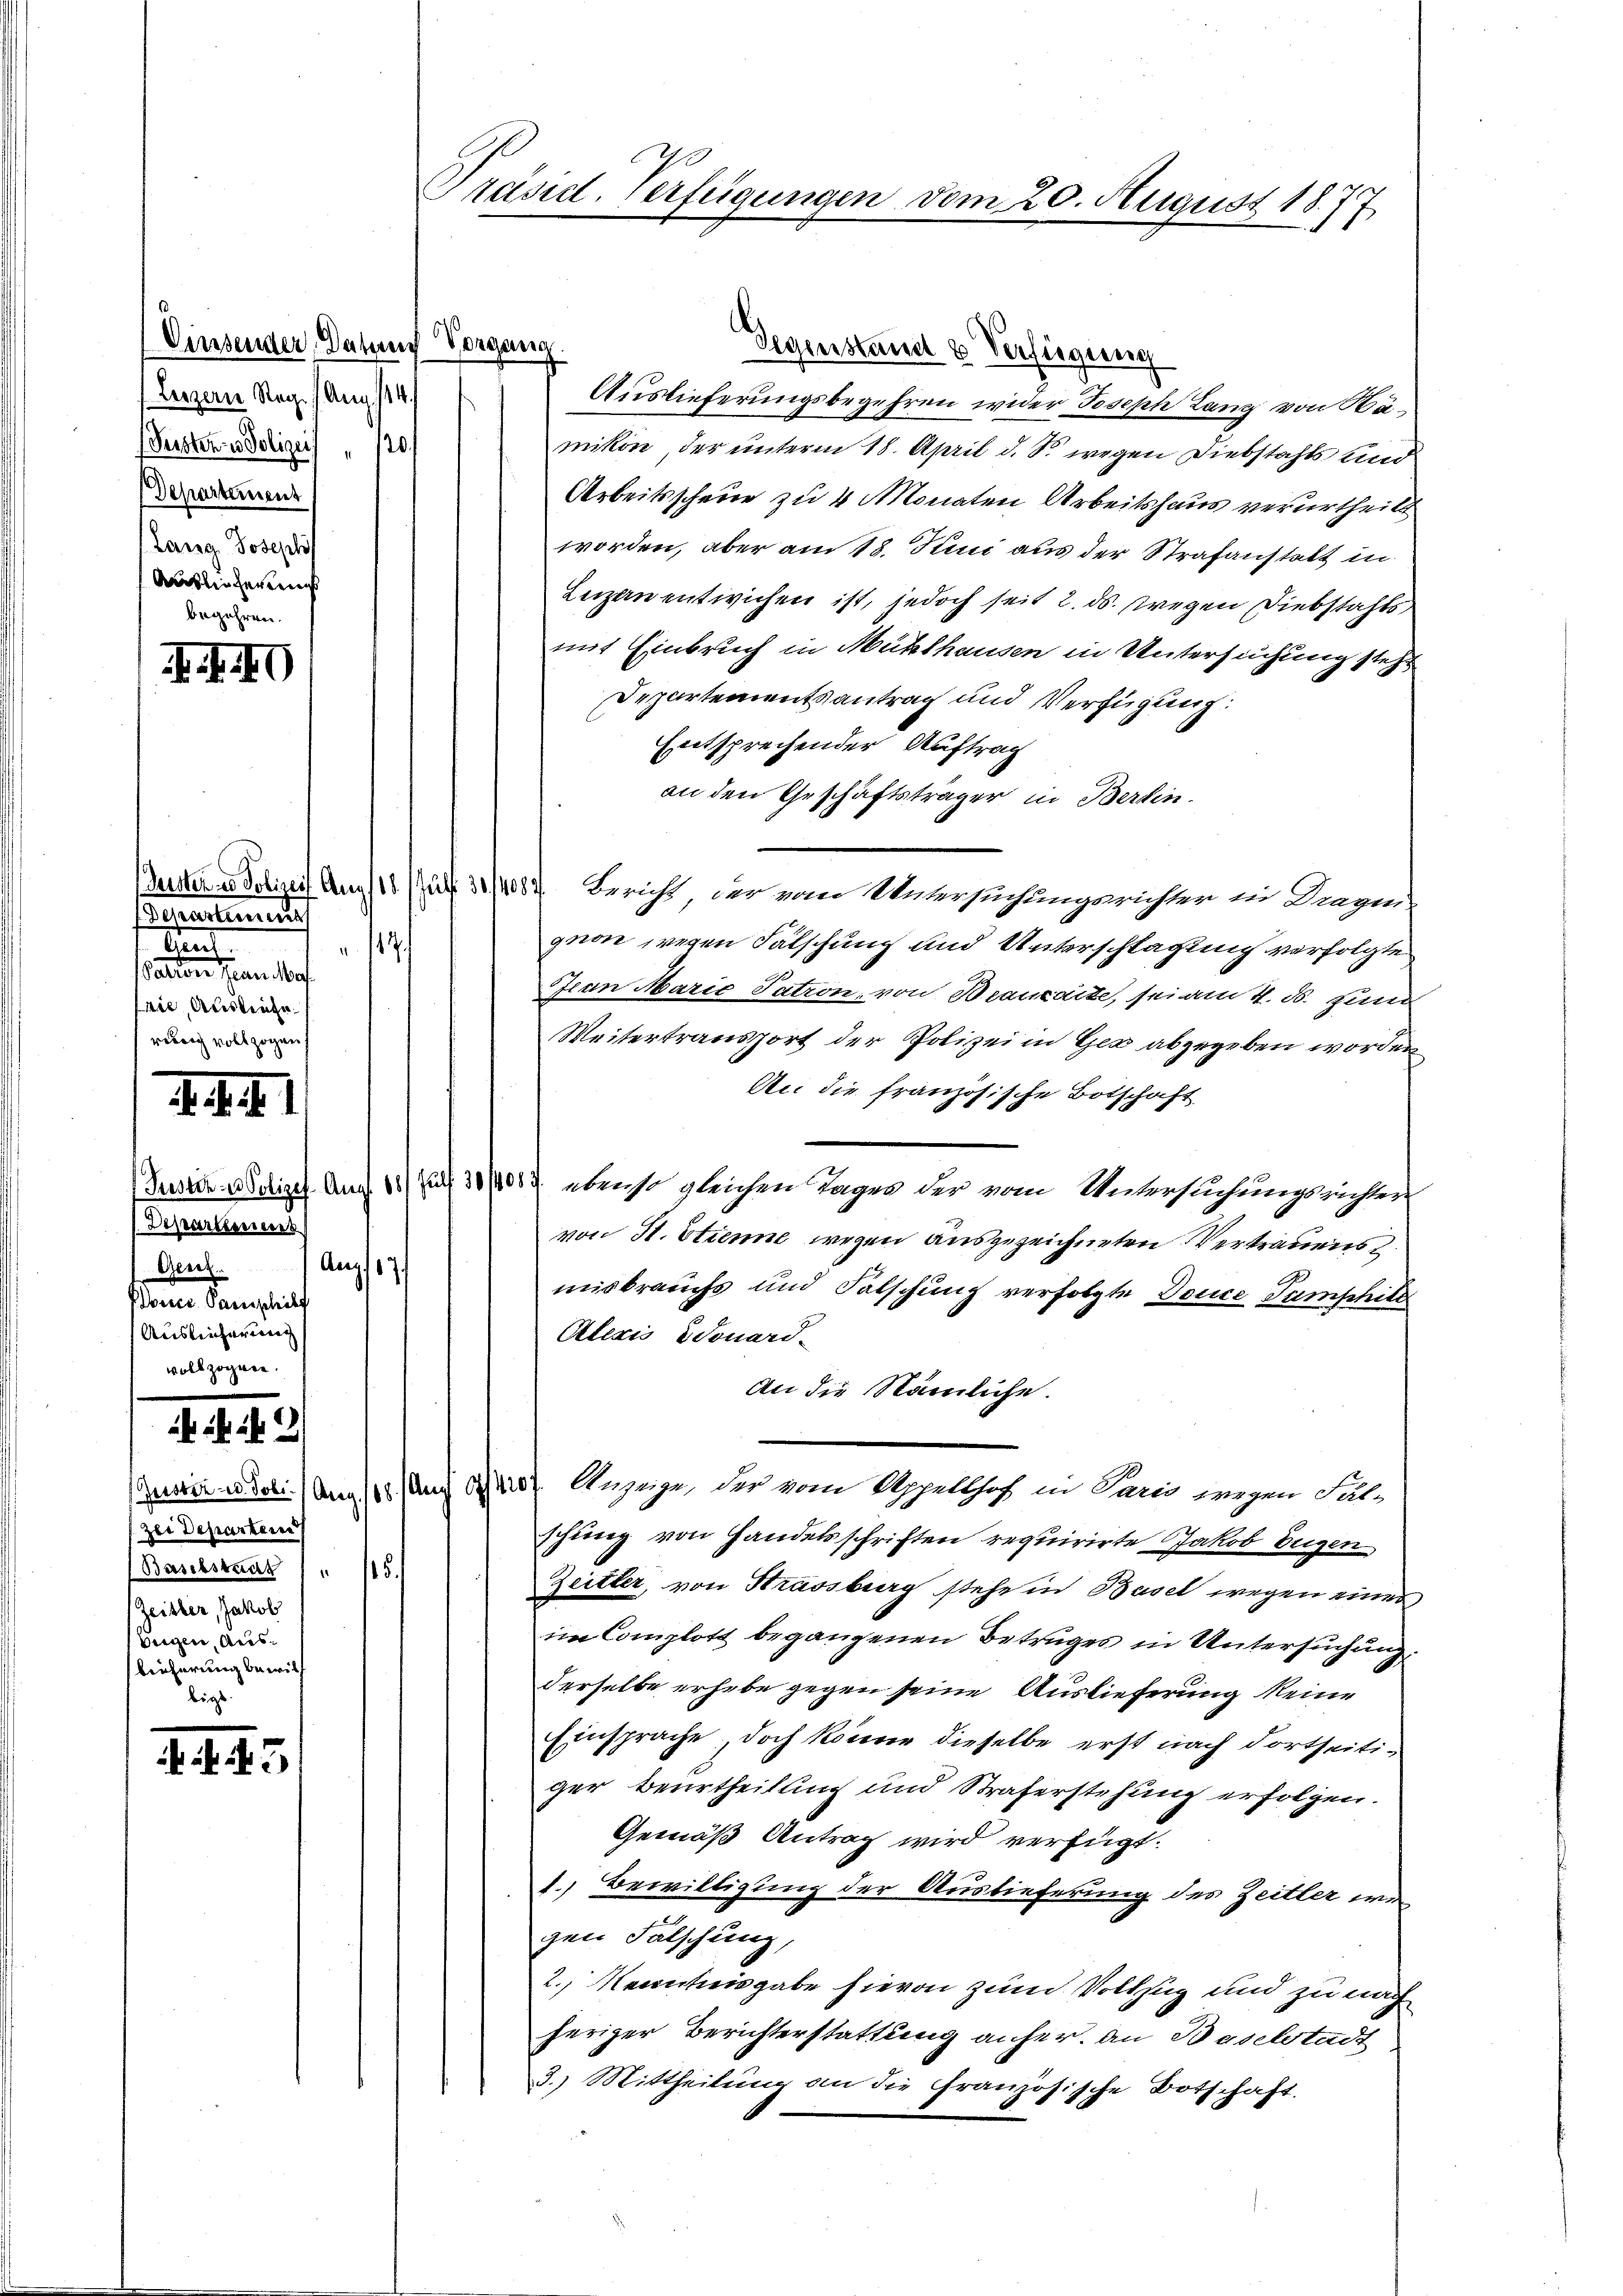
(Vinsender, Datum Vorgang
Lezzern Reg. Anna 144.
(Gersten in Polizei " 120
Departement
Lang Josephi
Auslieferung
begehren.

. 40

Departinis
Geuch
. 17
actor Jan Mo
rie, Ausleute.
rebrig vollzogen

.29

Departement
Geetz
denen Semestel
Ausleicherung
vollzogen.

/Zei Departen
Baselstaat 1 " 115.
Zeisler, Jakob
beigen, Auslieferung bewill
bigt.

. f. 45

Auslieferungsbegehren wider Joseph Lanz von Hamikäre, der unterm 18. April d. S. wegen Diebstahls und
Arbeitsscheue zu 4 Monaten Arbeitshaus verurtheilt
worden, aber am 18. Juni aus der Strafanstalt in
Leizen entwichen ist, jedoch seit 2. ds. wegen Diebstahls
mit Einbruch in Mühlhausen in Untersuchung steht
Departementsantrag und Verfügung:
Entsprechender Auftrag
an den Geschäftsträger in Berlin.
Beistern Polizeit. Am 18 uff. 3/4087. Bericht der vom Untersuchungsrichter in Dragen,
gnon wegen Fälschung und Unterschlagung verfolgte
Jean Marie Patron, von Beauraite, sei am 4. d. zum
Weitertransport der Polizei in Ges abgegeben worden
An die französische Botschaft
Justi delige Auf 11 f 35 407 ebenso gleichen Tagen der vom Untersuchungsricher
von H. Etienne wegen ausgezeichneten Vertrauens
Aug 17
misbrauchs und Falschung verfolgte Douce Sumphite
Alexis donard-
An die Nämliche.
Tessin u. dol. Am 18. Aug. 120) Anzeige, der vom Appellhof in Paris wegen Fälschung von Handelsschriften requirirte Jakob Eugen
Zeitler, von Strassburg stehe in Basel wegen eines
im Complott begangenen Betruges in Untersuchung
derselbe erhebe gegen seine Auslieferung keine
Einsprache, doch könne dieselbe erst nach dortseitiger Beurtheilung und Straferstehung erfolgen.
Gemäß Antrag wird verfügt:
1. Bewilligung der Auslieferung des Zeitler wa
gen Fälschung,
2., Kenntnisgabe hievon zum Vollzug und zu nach
heriger Berichterstattung anher. an Baselstadt
3.) Mittheilung an die Französische Botschaft.

Präsid. Verfügungen vom 20. August 1877
1

Gegenstand & Verfügung